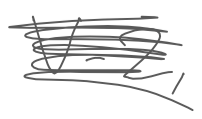
Text: V-2,
Cross-out: scratch
Writing tool: digital_gray